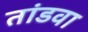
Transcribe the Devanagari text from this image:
तांडवा